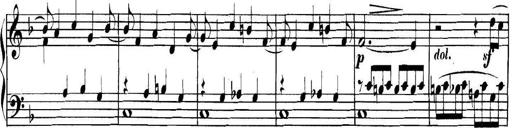
Title: Collected Piano Sonatas
Composer: Muzio Clementi